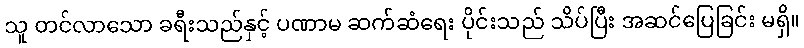
သူ တင်လာသော ခရီးသည်နှင့် ပဏာမ ဆက်ဆံရေး ပိုင်းသည် သိပ်ပြီး အဆင်ပြေခြင်း မရှိ။